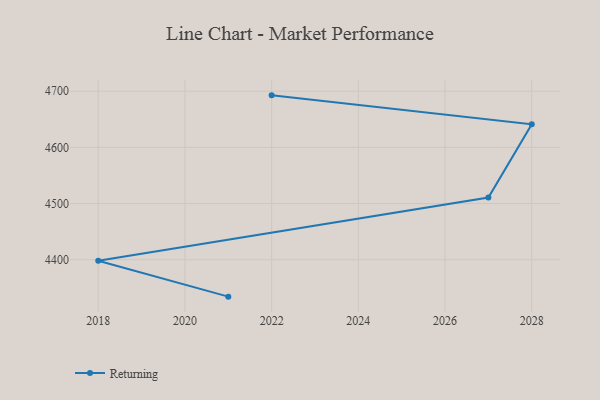
{"axis": {"x": "Year", "y": "Market Share (%)"}, "legend": ["Returning"], "data": [{"x": "2022", "y": 4692.7, "type": "Returning"}, {"x": "2028", "y": 4641.3, "type": "Returning"}, {"x": "2027", "y": 4510.6, "type": "Returning"}, {"x": "2018", "y": 4398.0, "type": "Returning"}, {"x": "2021", "y": 4334.2, "type": "Returning"}]}